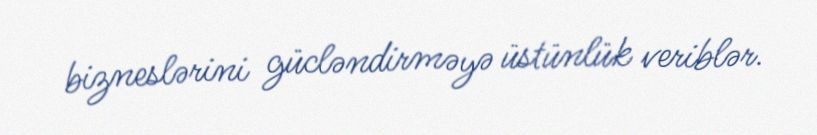
bizneslərini gücləndirməyə üstünlük veriblər.